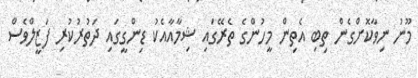
މޫނު ނިވާކޮށްގެން ތިބި އެތިން މީހުންގެ ތެރޭގައި ޝިމާއާއެކު ޑިންގީގައި ދަތުރުކުރި ފަޒީލްވެސް